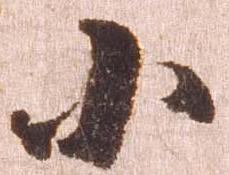
小